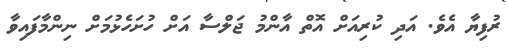
ރުފިޔާ އެވެ. އަދި ކުރިއަށް އޮތް އާންމު ޖަލްސާ އަށް ހުށަހެޅުމަށް ނިންމާފައިވާ